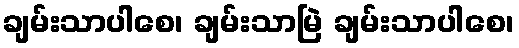
ချမ်းသာပါစေ၊ ချမ်းသာမြဲ ချမ်းသာပါစေ၊